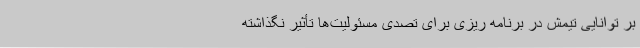
بر توانایی تیمش در برنامه ریزی برای تصدی مسئولیت‌ها تأثیر نگذاشته